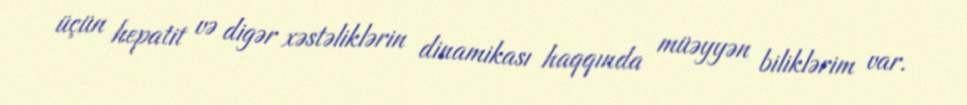
üçün hepatit və digər xəstəliklərin dinamikası haqqında müəyyən biliklərim var.